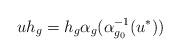
LaTeX: \begin{align*} u h_g = h_g \alpha_g(\alpha_{g_0}^{-1} (u^*)) \end{align*}